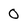
Character: 0